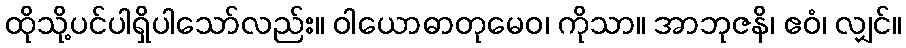
ထိုသို့ပင်ပါရှိပါသော်လည်း။ ဝါယောဓာတုမေဝ၊ ကိုသာ။ အာဘုဇနိ၊ ဧဝံ၊ လျှင်။